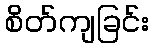
စိတ်ကျခြင်း